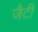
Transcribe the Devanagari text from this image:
जैटी